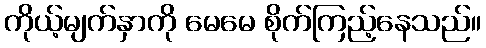
ကိုယ့်မျက်နှာကို မေမေ စိုက်ကြည့်နေသည်။